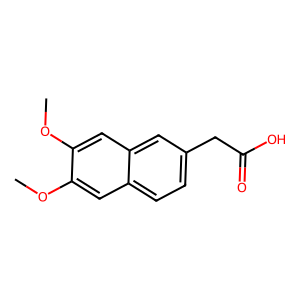
SMILES: COc1cc2ccc(CC(=O)O)cc2cc1OC
Inhibits HIV replication: No